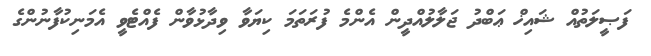
ފަޞީލަތުއް ޝައިޚް ޢަބްދު ޖަލާލުއްދީން އެންމެ ފުރަތަމަ ކިޔަވާ ވިދާޅުވާން ފެއްޓެވީ އެމަނިކުފާނުންގެ